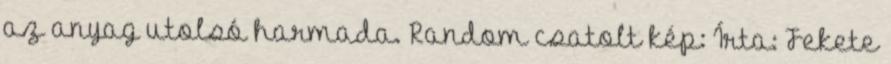
az anyag utolsó harmada. Random csatolt kép: Írta: Fekete